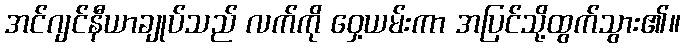
အင်ဂျင်နီယာချုပ်သည် လက်ကို ဝှေ့ယမ်းကာ အပြင်သို့ထွက်သွား၏။